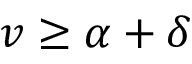
v \geq \alpha + \delta